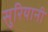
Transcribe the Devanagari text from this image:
सुरियानी